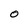
Character: O